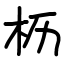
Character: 枥